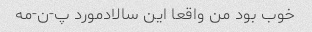
خوب بود من واقعا این سالاد‌مورد پ-ن-مه